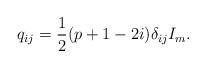
LaTeX: \begin{align*}q_{ij} = \frac{1}{2} (p + 1 - 2i) \delta_{ij} I_m.\end{align*}